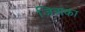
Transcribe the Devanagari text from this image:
जिअका